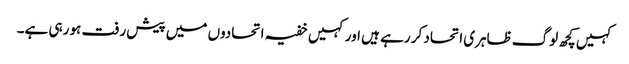
کہیں کچھ لوگ ظاہری اتحاد کر رہے ہیں اور کہیں خفیہ اتحادوں میں پیش رفت ہو رہی ہے۔